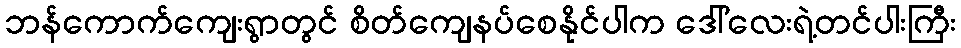
ဘန်ကောက်ကျေးရွာတွင် စိတ်ကျေနပ်စေနိုင်ပါက ဒေါ်လေးရဲ့တင်ပါးကြီး